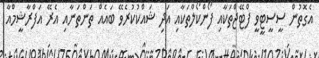
އެގޮތުން ސީސީޓީވީ ފްޓޭޖްތަކާއި ފޯންކޯލްތަކާއި އަދި ޝައްކުކުރެވޭ ބައެއް ތަންތަނާއި އެރޭ އަފްރާޝީމްއާ